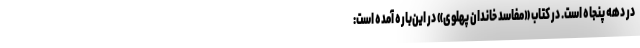
در دهه پنجاه است. در کتاب «مفاسد خاندان پهلوی» در این‌باره آمده است: